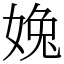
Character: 婏